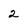
Character: 2